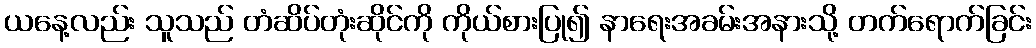
ယနေ့လည်း သူသည် တံဆိပ်တုံးဆိုင်ကို ကိုယ်စားပြု၍ နာရေးအခမ်းအနားသို့ တက်ရောက်ခြင်း